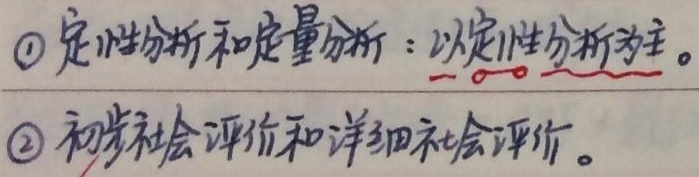
\begin{enumerate}
    \item 定性分析和定量分析：以定性分析为主。
    \item 初步社会评价和详细社会评价。
\end{enumerate}